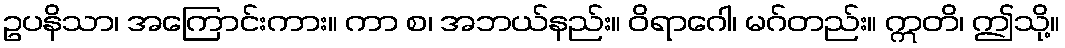
ဥပနိသာ၊ အကြောင်းကား။ ကာ စ၊ အဘယ်နည်း။ ဝိရာဂေါ၊ မဂ်တည်း။ ဣတိ၊ ဤသို့။